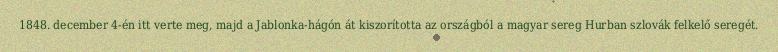
1848. december 4-én itt verte meg, majd a Jablonka-hágón át kiszorította az országból a magyar sereg Hurban szlovák felkelő seregét.